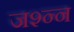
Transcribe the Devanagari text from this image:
जश्न्न